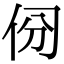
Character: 𠈀